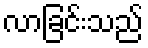
လာခြင်းသည်